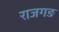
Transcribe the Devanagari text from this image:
राजगङ